Vaccination North-Western Provinces 1866-1877 - 1866-1877
Year: 1866
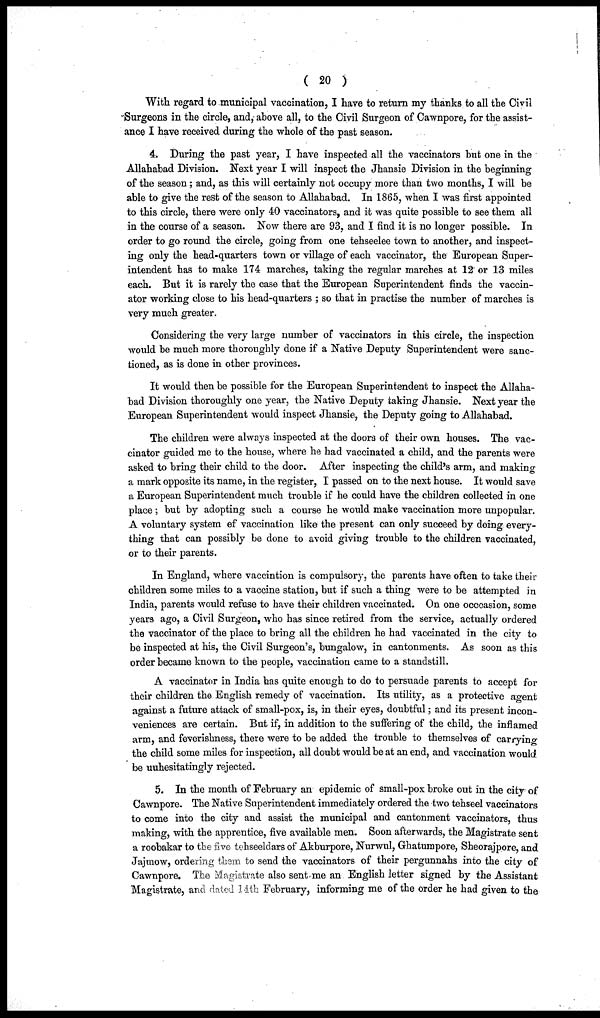
( 20 )
With regard to municipal vaccination, I have to return my thanks to all the Civil
Surgeons in the circle, and, above all, to the Civil Surgeon of Cawnpore, for the assist-
ance I have received during the whole of the past season.
4. During the past year, I have inspected all the vaccinators but one in the
Allahabad Division. Next year I will inspect the Jhansie Division in the beginning
of the season; and, as this will certainly not occupy more than two months, I will be
able to give the rest of the season to Allahabad. In 1865, when I was first appointed
to this circle, there were only 40 vaccinators, and it was quite possible to see them all
in the course of a season. Now there are 93, and I find it is no longer possible. In
order to go round the circle, going from one tehseelee town to another, and inspect-
ing only the head-quarters town or village of each vaccinator, the European Super-
intendent has to make 174 marches, taking the regular marches at 12 or 13 miles
each. But it is rarely the case that the European Superintendent finds the vaccin-
ator working close to his head-quarters; so that in practise the number of marches is
very much greater.
Considering the very large number of vaccinators in this circle, the inspection
would be much more thoroughly done if a Native Deputy Superintendent were sanc-
tioned, as is done in other provinces.
It would then be possible for the European Superintendent to inspect the Allaha-
bad Division thoroughly one year, the Native Deputy taking Jhansie. Next year the
European Superintendent would inspect Jhansie, the Deputy going to Allahabad.
The children were always inspected at the doors of their own houses. The vac-
cinator guided me to the house, where he had vaccinated a child, and the parents were
asked to bring their child to the door. After inspecting the child's arm, and making
a mark opposite its name, in the register, I passed on to the next house. It would save
a European Superintendent much trouble if he could have the children collected in one
place; but by adopting such a course he would make vaccination more unpopular.
A voluntary system of vaccination like the present can only succeed by doing every-
thing that can possibly be done to avoid giving trouble to the children vaccinated,
or to their parents.
In England, where vaccination is compulsory, the parents have often to take their
children some miles to a vaccine station, but if such a thing were to be attempted in
India, parents would refuse to have their children vaccinated. On one occcasion, some
years ago, a Civil Surgeon, who has since retired from the service, actually ordered
the vaccinator of the place to bring all the children he had vaccinated in the city to
be inspected at his, the Civil Surgeon's, bungalow, in cantonments. As soon as this
order became known to the people, vaccination came to a standstill.
A vaccinator in India has quite enough to do to persuade parents to accept for
their children the English remedy of vaccination. Its utility, as a protective agent
against a future attack of small-pox, is, in their eyes, doubtful; and its present incon-
veniences are certain. But if, in addition to the suffering of the child, the inflamed
arm, and feverishness, there were to be added the trouble to themselves of carrying
the child some miles for inspection, all doubt would be at an end, and vaccination would
be unhesitatingly rejected.
5. In the month of February an epidemic of small-pox broke out in the city of
Cawnpore. The Native Superintendent immediately ordered the two tehseel vaccinators
to come into the city and assist the municipal and cantonment vaccinators, thus
making, with the apprentice, five available men. Soon afterwards, the Magistrate sent
a roobakar to the five tehseeldars of Akburpore, Nurwul, Ghatumpore, Sheorajpore, and
Jajmow, ordering them to send the vaccinators of their pergunnahs into the city of
Cawnpore. The Magistrate also sent me an English letter signed by the Assistant
Magistrate, and dated 14th February, informing me of the order he had given to the